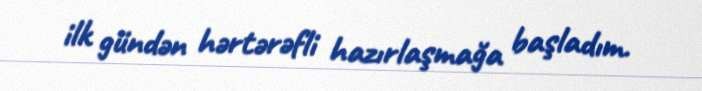
ilk gündən hərtərəfli hazırlaşmağa başladım.